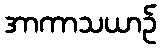
အာကာသယာဉ်